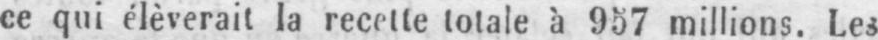
ce qui élèverait la recette totale à 957 millions. Les